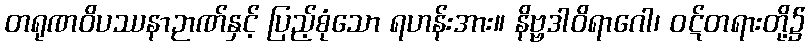
တရုဏဝိပဿနာဉာဏ်နှင့် ပြည့်စုံသော ရဟန်းအား။ နိဗ္ဗဒါဝိရာဂေါ၊ ဝဋ်တရားတို့၌